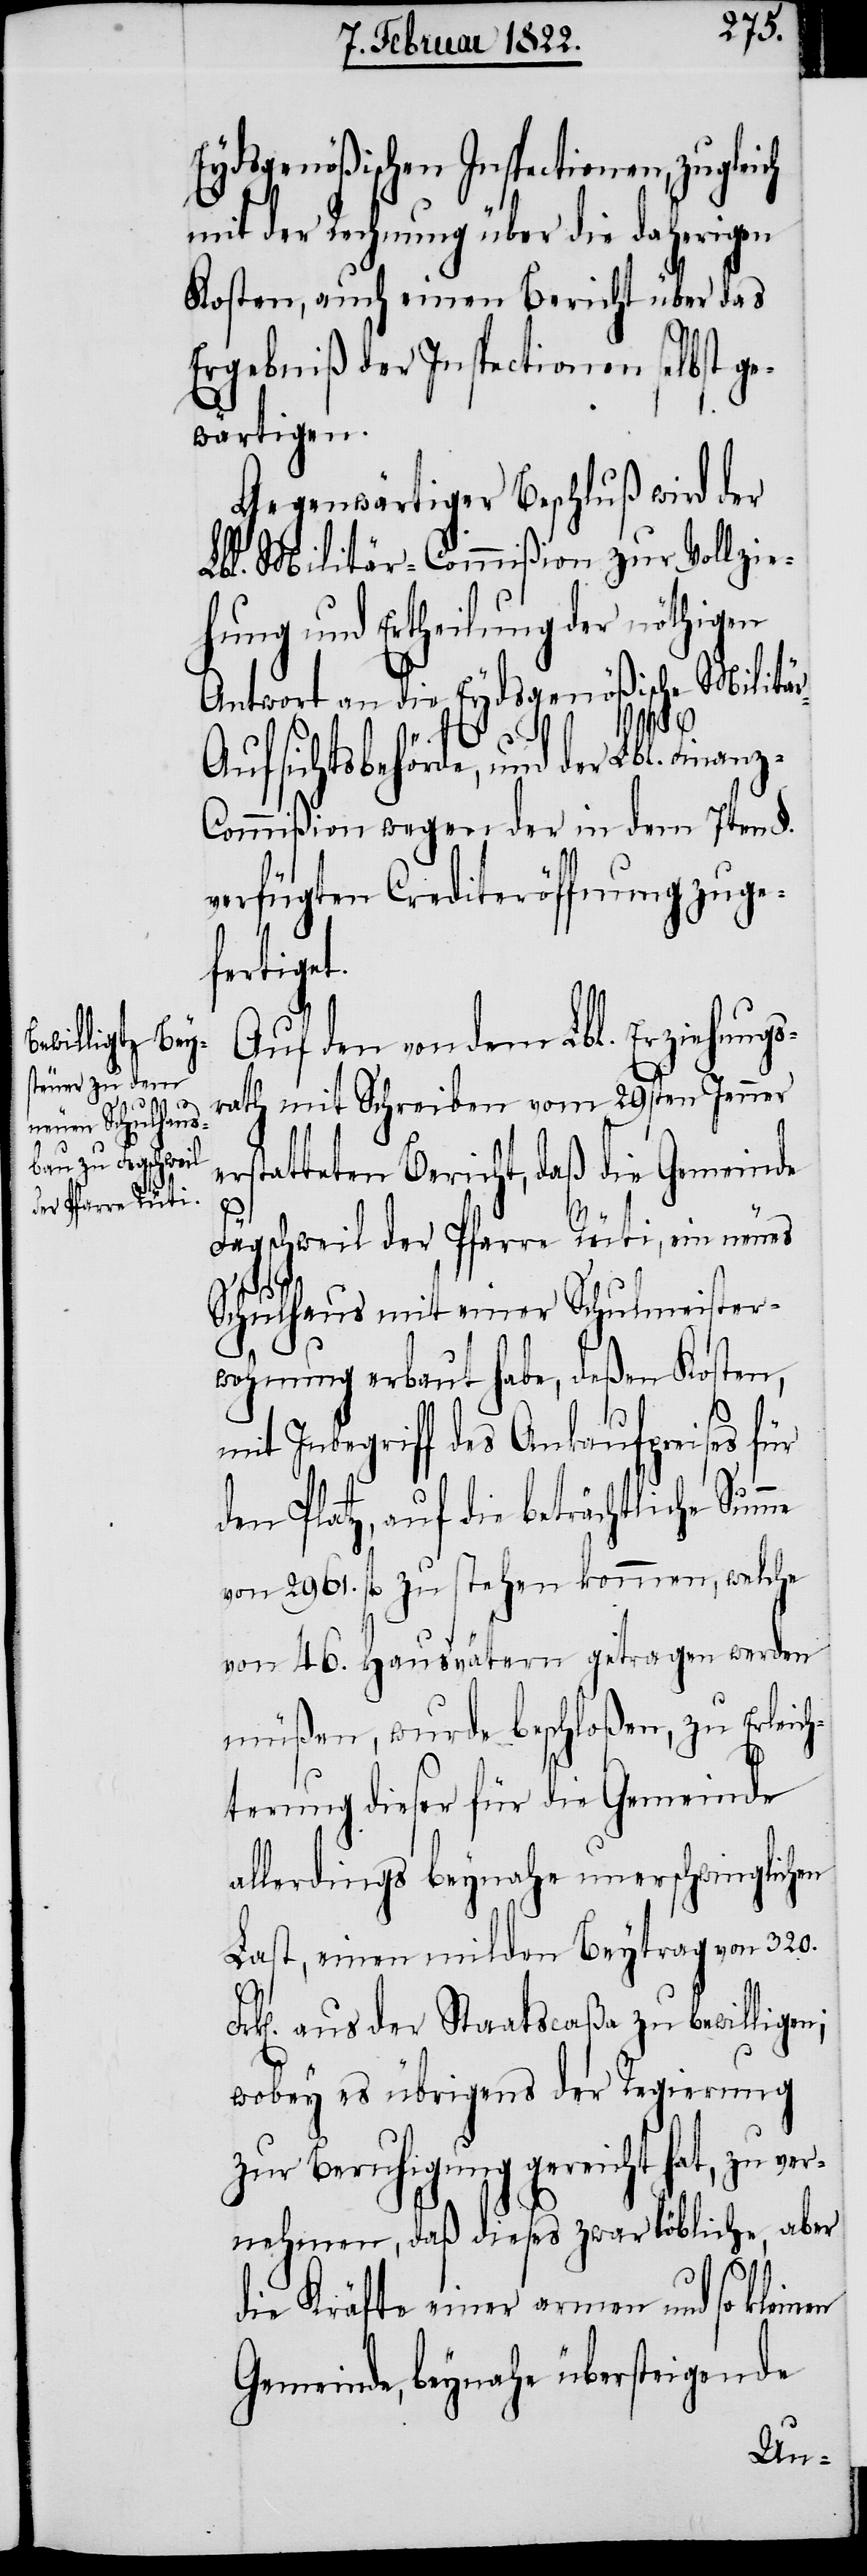
Eydsgenößischen Inspectionen, zugleich
mit der Rechnung über die daherigen
Kosten, auch einen Bericht über das
Ergebniß der Inspectionen selbst ge¬
wärtigen.
Gegenwärtiger Beschluß wird der
Lbl. Militär-Commißion zur Vollzie¬
hung und Ertheilung der nöthigen
Antwort an die Eydsgenößische Militä¬
r-Aufsichtsbehörde, und der Lbl. Finanz-C¬
ommißion wegen der in dem 7ten §.
verfügten Crediteröffnung zuge¬
fertiget.
Auf den von dem Lbl. Erziehungs¬
rath mit Schreiben vom 29sten Jenner
statteten Bericht, daß die Gemeinde
er¬
Fägschweil der Pfarre Rüti, ein neues
Schulhaus mit einer Schulmeister¬
wohnung erbaut habe, deßen Kosten,
mit Inbegriff des Ankaufpreises für
den Platz, auf die beträchtliche
von 2861. fl. zu stehen kommen, welche
von 46. Hausvätern getragen werden
müßen, wurde beschloßen, zu Erleich¬
terung dieser für die Gemeinde
allerdings beynahe unerschwinglichen
Last, einen milden Beytrag von 320.
Fr¬
k[en]. aus der Staatscaßa zu bewilligen;
wobey es übrigens der Regierung
zur Beruhigung gereicht hat, zu ver¬
nehmen, daß dieses zwar löbliche, aber
die Kräfte einer armen und so kleinen
Gemeinde, beynahe übersteigende